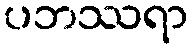
ပဘဿရာ